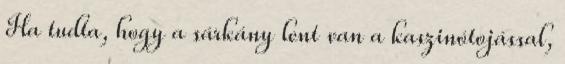
Ha tudta, hogy a sárkány lent van a kaszinótojással,